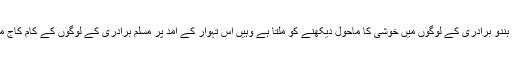
اس تہوار کو لے کر جہاں ہندو برادری کے لوگوں میں خوشی کا ماحول دیکھنے کو ملتا ہے وہیں اس تہوار کے آمد پر مسلم برادری کے لوگوں کے کام کاج میں بھی رونق آ جاتی ہے ۔